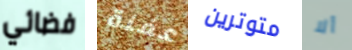
فضائي عفنة متوترين ألا